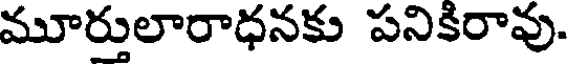
మూర్తులారాధనకు పనికిరావు.